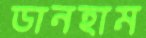
ডানহাম